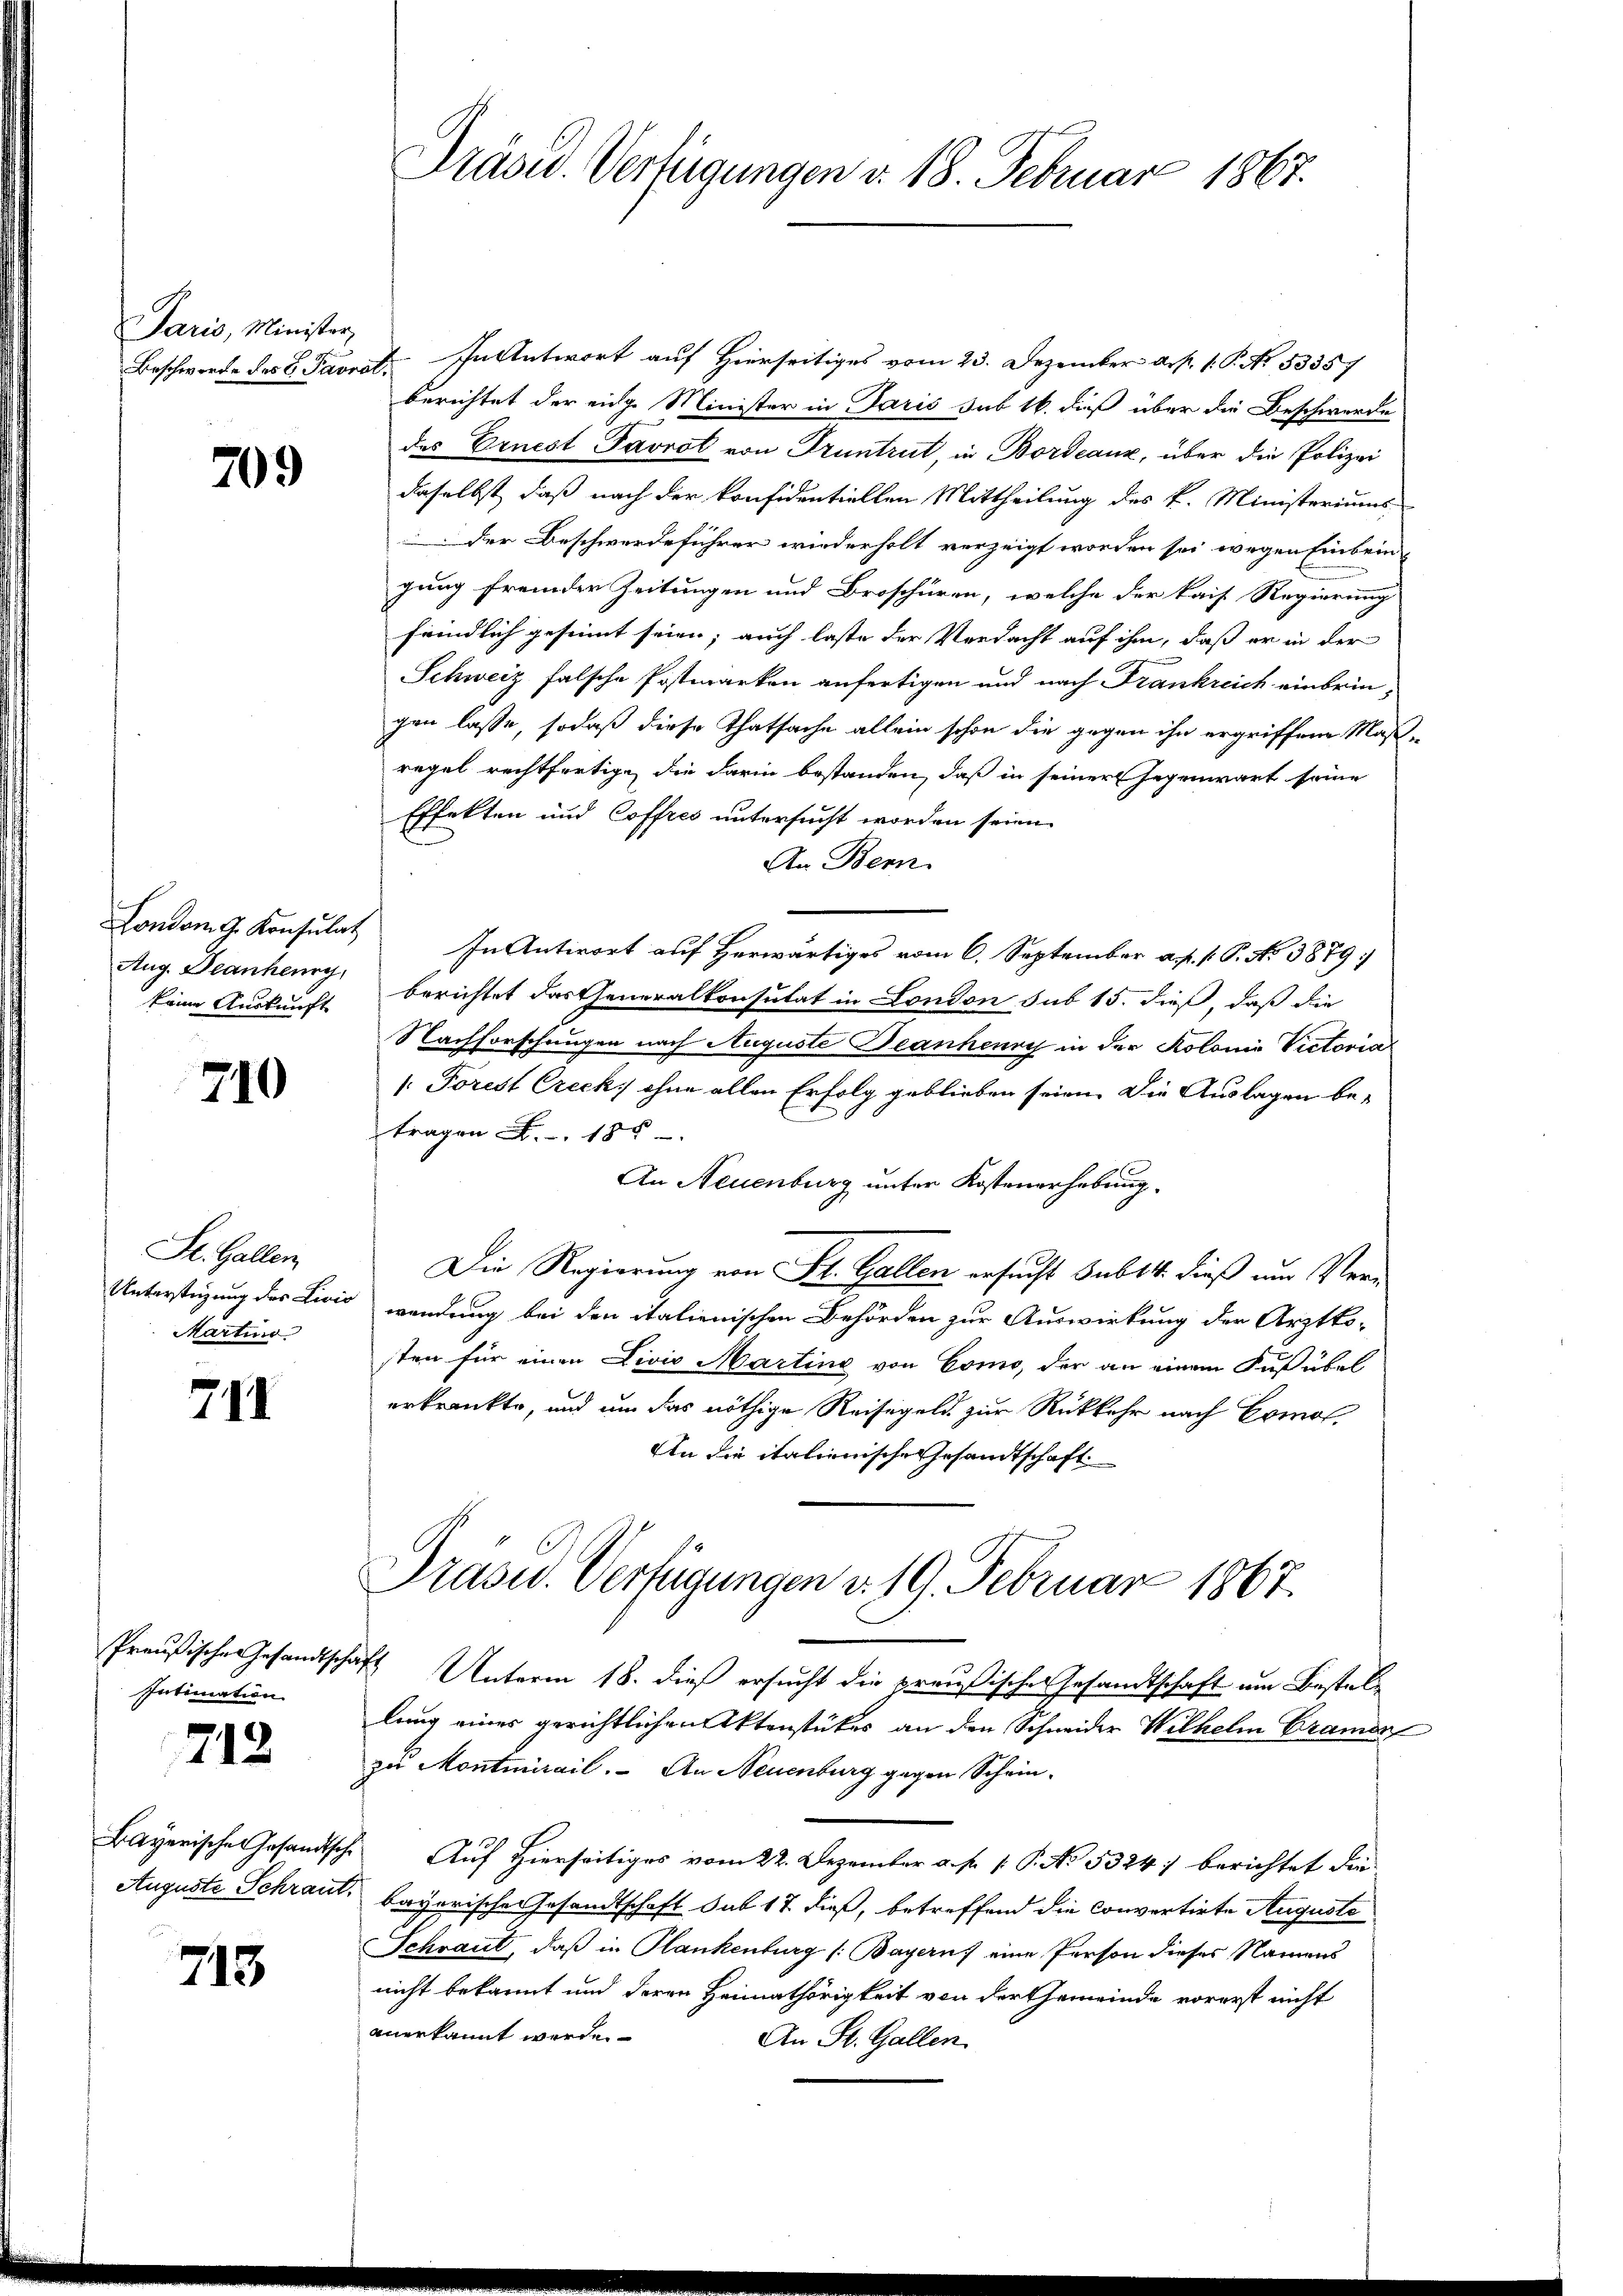
Paris, Minister,

709

keine Auskunft

710

St. Gallen
Martino

7II

Intimation.

712

Auguste Schraut.

713.

Präsid. Verfügungen v. 18. Februar 1867.

Beschworte des L. Pavrst. In Antwort auf Hierseitiges vom 23. Dezember a.h. 1. P. No. 53357
berichtet der eige Minister in Paris sub 16. dieß über die Beschwerde
des Ernest Favrot von Truntrut, in Bordeaux, über die Polizei
daselbst, daß nach der konfidentiellen Mittheilung des k. Ministeriums
der Beschwerdeführer wiederholt verzeigt worden sei wegen Einbein
gung fremder Zeitungen und Broschüren, welche der kais Regierung
frindlich gesinnt seien; auch laste der Verdacht auf ihm, daß er in der
Schweiz falsche Postwarken anfertigen und nach Frankreich einbringen lasse, sodaß diese Thatsache allein schon die gegen ihn ergriffene Maß-
regel rechtfertige, die darin bestanden, daß in seiner Gegenwart seine
Effekten und Coffres untersucht worden seien.
An Bern.
London. G. Konsulat In Antwort auf Herwärtiges vom 6. September a. p. 1. P. No 3879:
Aug. Deanhery berichtet das Generalkonsulat in London sub 15. dieß, daß die
Nachforschungen nach Auguste Deanheure in der Kolonia Victoria
[Porest Creck ohne allen Erfolg geblieben seien. Die Auslagen be-
r. 185
An Neuenburg unter Kostenerhebung.
Die Regierung von St. Gallen ersucht sub 14. dieß um Ver-
Unterstützung des Livić wendung bei den italienischen Behörden zur Auswirkung der Arztko-
sten für einen Livio Martine von Como, der an einem Fuß übel
erkrankte, und um das nöthige Reisegeld zur Rückkehr nach Comol
An die italienische Gesandtschaft
Präsid.. Verfügungen d. 19. Februar 1867.
Preußische Gesandtschaft Unterm 18. dieß ersucht die preußischer Gesandtschaft um Bestellung eines gerichtlichen Aktenstückes an den Schneider Wilhelm Bramer
zu Montinirail. An Neuenburg gegen Schein¬
Bayerische Gesandtsche Auf hierseitiges vom 22. Dezember a. p. 1. P. No. 5324) berichtet die
 bayerische Gesandtschaft sub 17. dieß, betreffend die convertirte Auguste
Schraut, daß in Plankenburg (Bayerns eine Person dieses Namens
nicht bekannt und deren Heimathörigkeit von der Gemeinde vorerst nicht
anerkannt werde.
An St. Gallen.